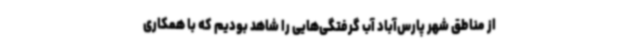
از مناطق شهر پارس‌آباد آب گرفتگی‌هایی را شاهد بودیم که با همکاری